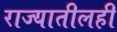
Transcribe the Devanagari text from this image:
राज्यातीलही